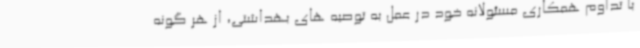
با تداوم همکاری مسئولانه خود در عمل به توصیه های بهداشتی، از هر گونه